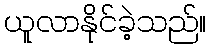
ယူလာနိုင်ခဲ့သည်။